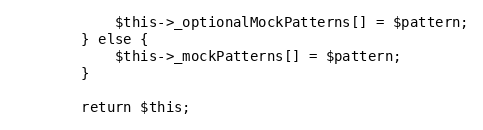
Language: PHP
            $this->_optionalMockPatterns[] = $pattern;
        } else {
            $this->_mockPatterns[] = $pattern;
        }

        return $this;